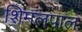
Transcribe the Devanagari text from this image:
शिमलपाल